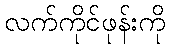
လက်ကိုင်ဖုန်းကို